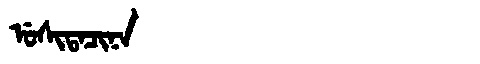
Manchu: ᡠᠰᡳᡨᠠᠴᡳᠨᠠ
Romanization: USITACINA